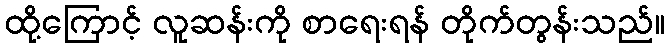
ထို့ကြောင့် လူဆန်းကို စာရေးရန် တိုက်တွန်းသည်။